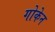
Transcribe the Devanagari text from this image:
गोकेन